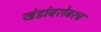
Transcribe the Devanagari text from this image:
खंडांबरोबरच